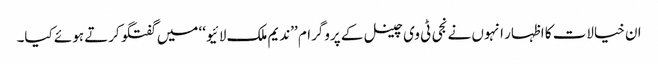
ان خیالات کا اظہار انہوں نے نجی ٹی وی چینل کے پروگرام ’’ندیم ملک لائیو‘‘ میں گفتگو کرتے ہوئے کیا۔